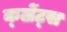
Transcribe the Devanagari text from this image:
क्ल्रेंट्स